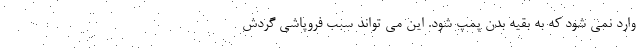
وارد نمی شود که به بقیه بدن پمپ شود. این می تواند سبب فروپاشی گردش